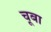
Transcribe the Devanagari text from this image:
चूबा